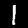
Label: 1